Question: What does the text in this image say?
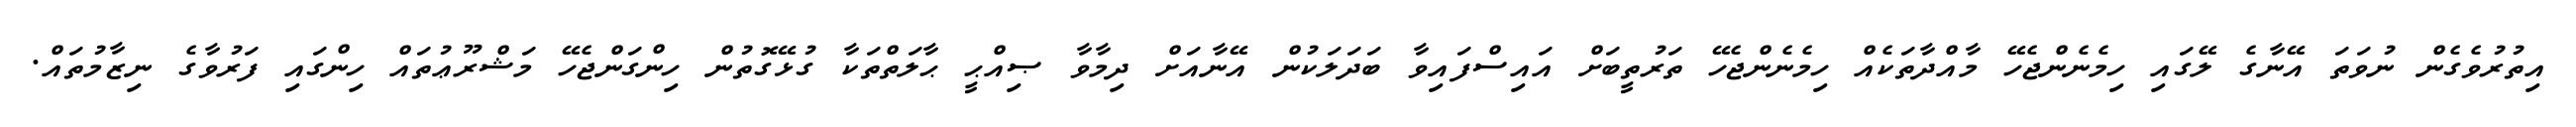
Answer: އިތުރުވެގެން ނުވަތަ އޭނާގެ ލޭގައި ހިމެނެންޖެހޭ މާއްދާތަކެއް ހިމެނެންޖެހޭ ތަރުތީބަށް އައިސްފައިވާ ބަދަލަކުން އޭނާއަށް ދިމާވާ ޞިއްޙީ ޙާލަތްތަކާ ގުޅޭގޮތުން ހިންގަންޖެހޭ މަޝްރޫޢުތައް ހިންގައި ފަރުވާގެ ނިޒާމުތައް.